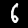
Digit: 6